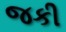
જકી